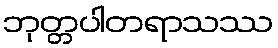
ဘုတ္တပါတရာသဿ